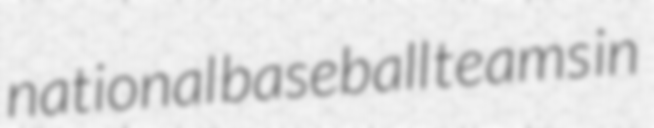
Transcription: national baseball teams in